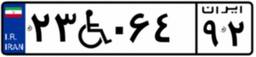
۹۷W۷۵۶۱۴